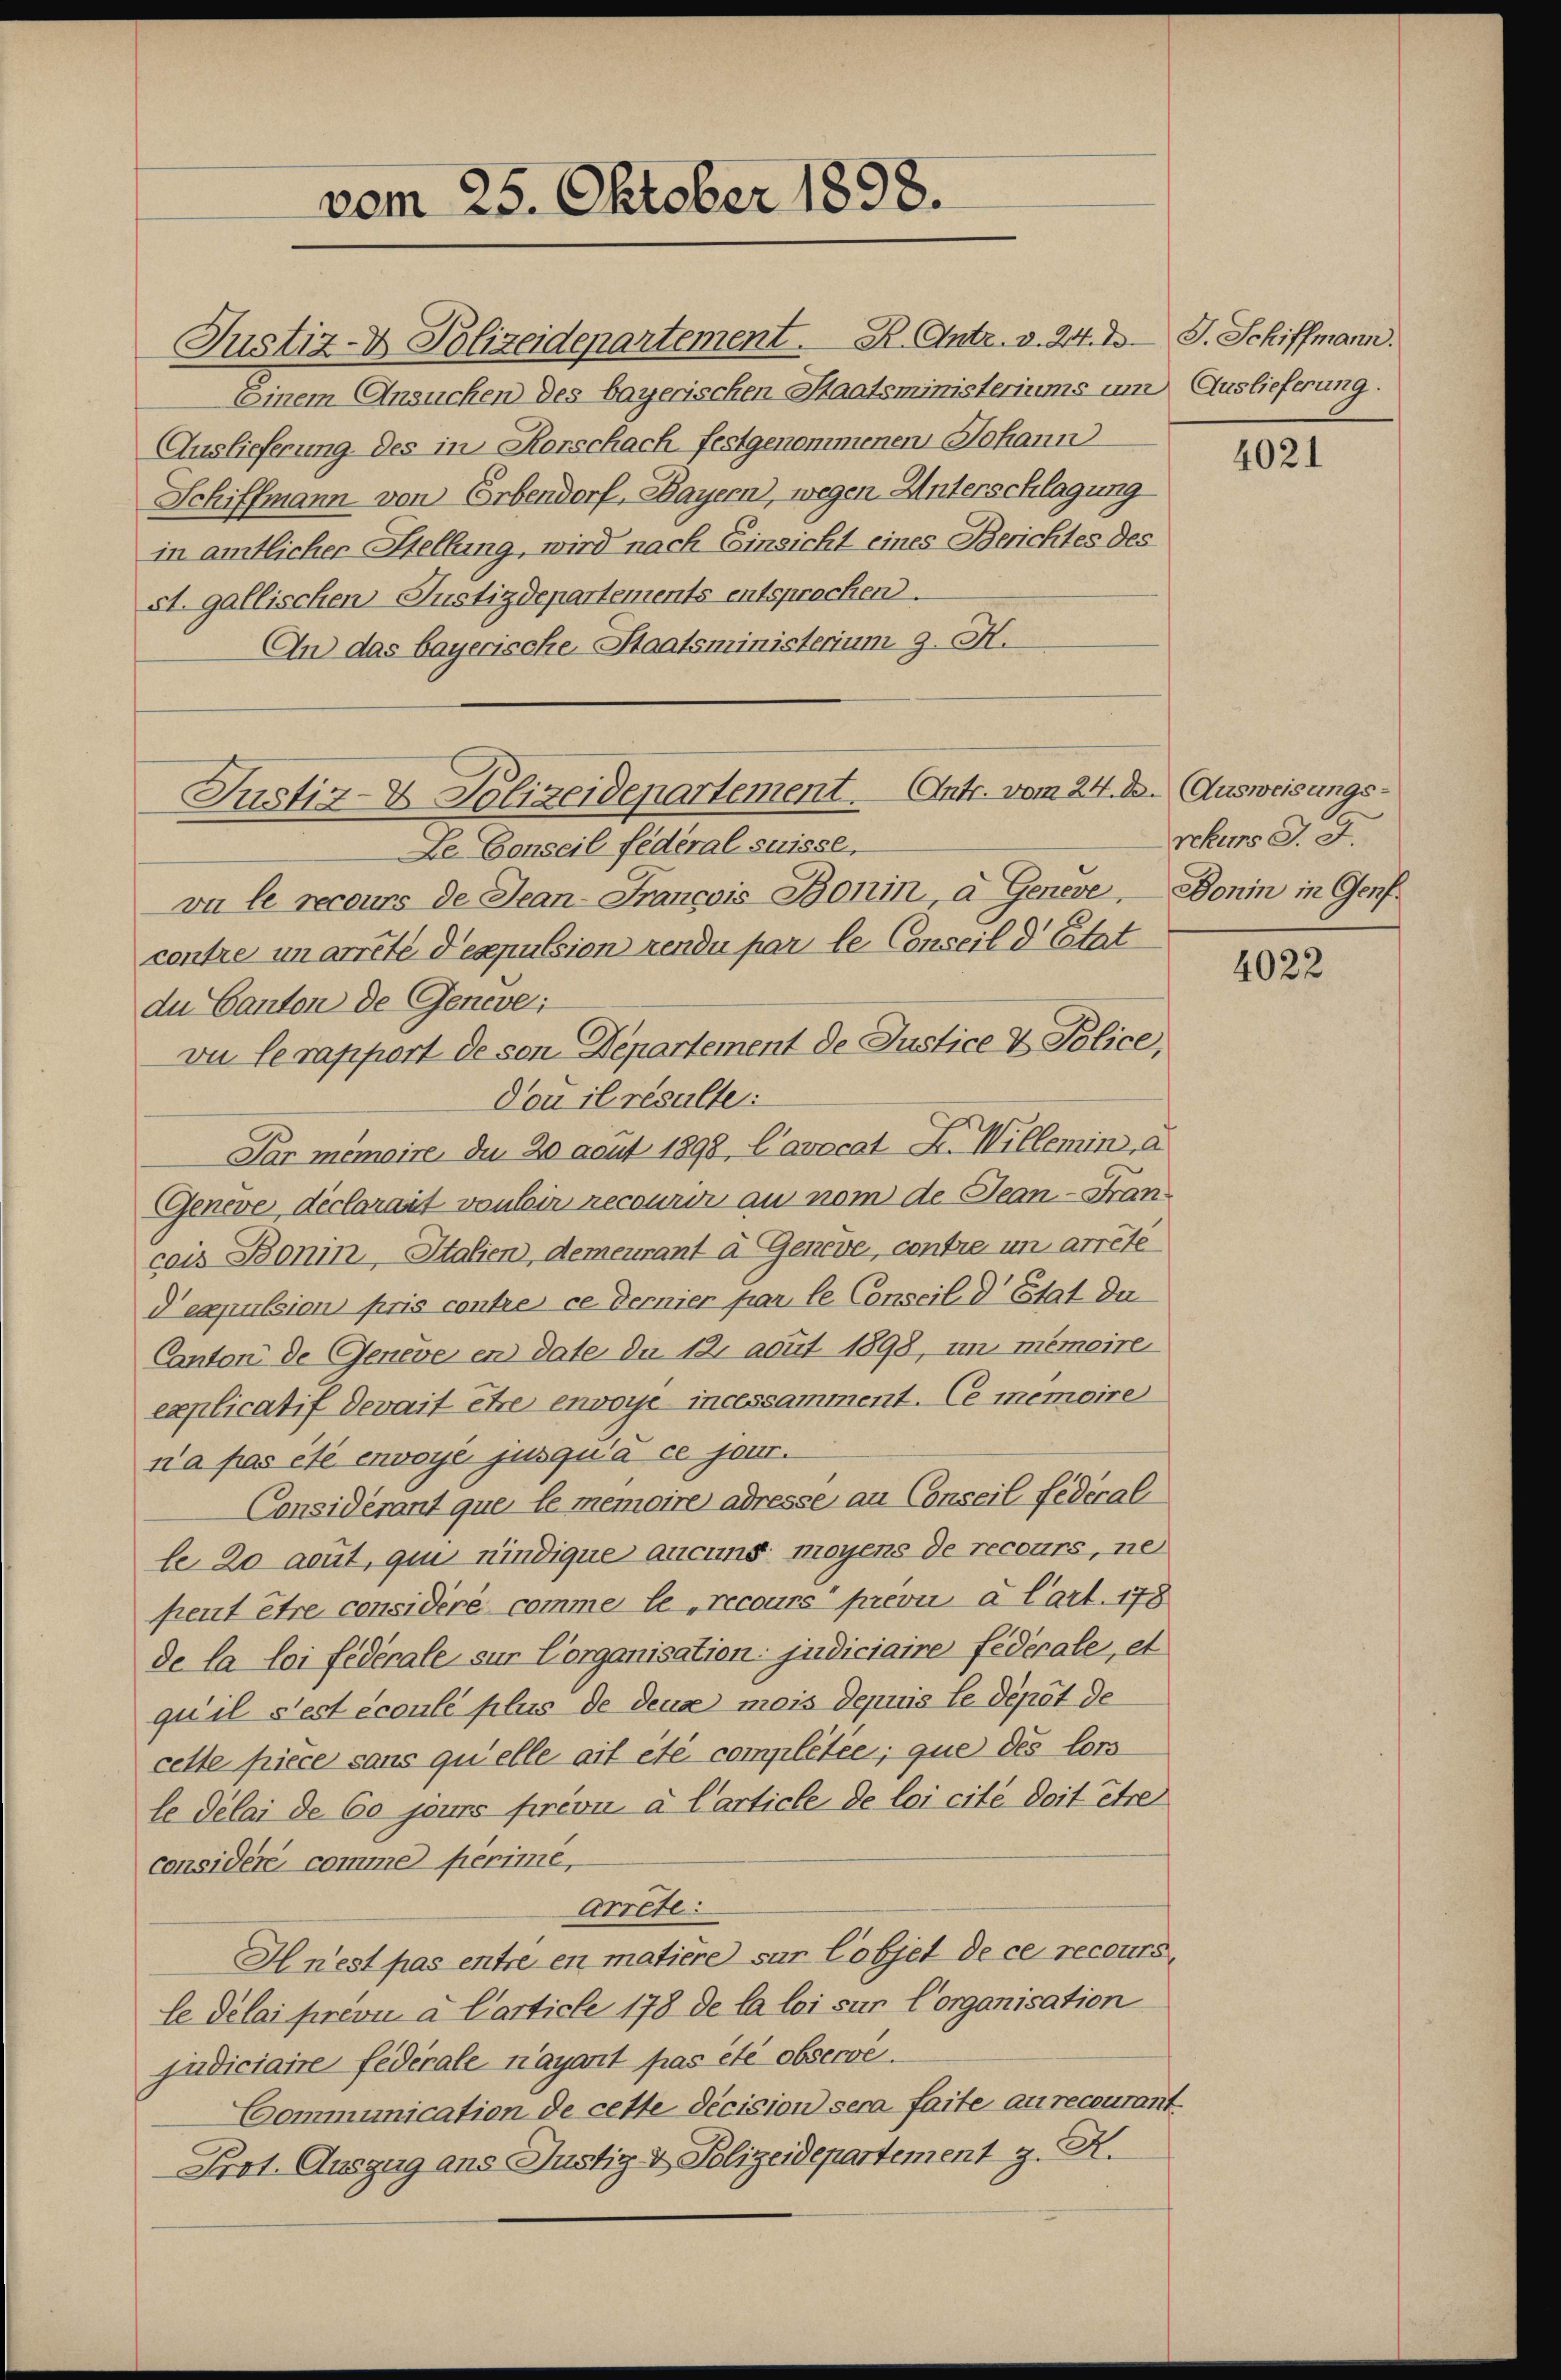
Justiz- & Polizeidepartement. B. Antr. v. 24. d.
Einem Ansuchen des bayerischen Staatsministeriums um
Auslieferung des in Korschach festgenommenen Johann
Schiffmann von Erbendorf, Bayern), wegen Unterschlagung
in amtlicher Stellung, wird nach Einsicht eines Berichtes des
At. gallischen Justizdepartements entsprochen.
An das bayerische Staatsministerium 9. H.
Le. Conseil federal suisse,
vu le recours de Jean-Francois Bonin, a Geneve, Donin in Genf
contre unarreté d’espulsion rendu par le Conseil d’Etat
du Canton de Geneve;
vu lerappart de son Departement de Justice & Police,
Dou il résulte:
Par mémoire, du 20 aeut 1898, Cavocat Fr. Willemin, a
Genève, déclarart von ir recourir au nom de Jean-Franz
cais Bonin, Italien, demeurant à Genève, contre un arrêté
d’espulsion pris contre ce dernier par le Conseil d’Etat da
Canton de Geneve en date du 12. acuit 1898, un mémoire
explicatif devait être envoyé incessamment. Ce memoire
na pas été envoyé jusqu’à ce jour.
Considérant que le memoire adresse an Conseil fédéral
le 20 aeut, qui indique aucuns moyens de recours, ne
freut être considéré comme le recours prévu à l’art. 178
de la loi fédérale sur Corganisation: judiciaire fédérale, et
qu’il s’est écoulé plus de deux mois depuis le dépôt de
cette piece sans qu’elle ait été complétée; que des lors
le délai de 60 jours prévu à l’article de loi cité doit être
considéré comme fierime,
Arrete:
H n’est pas entré en matière sur lobjet de ce recours
le délai prévu à Carticle 178 de la loi sur Corganisation
judiciaire fédérale n’ayant pas été observe
Communication de cette decision sera faite au recourant
Prot. Auszug ans Justiz- & Polizeidepartement z. K.

vom 25. Oktober 1898.

Justiz- & Polizeidepartement. Antr. vom 24. d. (Ausweisungs¬

J. Schiffmann.
Auslieferung.

4021

rekurs J. J.

4022